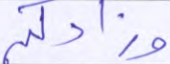
وزادكم